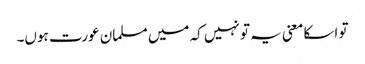
تو اسکا معنی یہ تو نہیں کہ میں مسلمان عورت ہوں۔